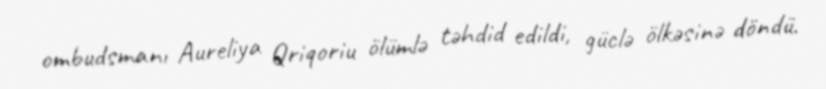
ombudsmanı Aureliya Qriqoriu ölümlə təhdid edildi, güclə ölkəsinə döndü.